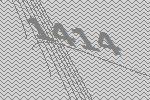
1414